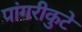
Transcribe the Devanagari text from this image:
पांगरीकुटे